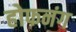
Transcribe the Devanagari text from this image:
होफनंग